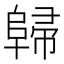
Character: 𨺔